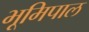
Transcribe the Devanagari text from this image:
भूमिपाल